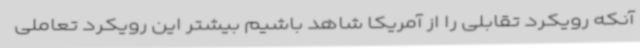
آنکه رویکرد تقابلی را از آمریکا شاهد باشیم بیشتر این رویکرد تعاملی